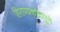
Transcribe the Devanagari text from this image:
हिराण्यकशिपूने